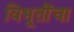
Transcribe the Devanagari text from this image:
विभूतींचा